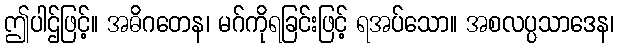
ဤပါဌ်ဖြင့်။ အဓိဂတေန၊ မဂ်ကိုရခြင်းဖြင့် ရအပ်သော။ အစလပ္ပသာဒေန၊